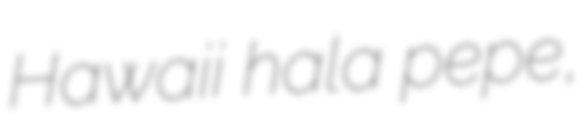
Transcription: Hawaiʻi hala pepe,